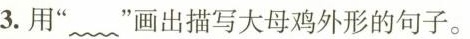
3.用”___”画出描写大母鸡外形的句子。